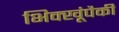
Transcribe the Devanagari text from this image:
भिक्खूंपैकी